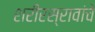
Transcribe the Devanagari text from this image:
शरीरस्रावांचे